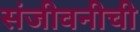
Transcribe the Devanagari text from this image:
संजीवनीची